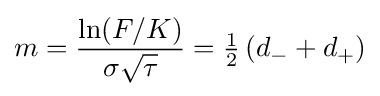
m={\frac {\ln(F/K)}{\sigma {\sqrt {\tau }}}}={\tfrac {1}{2}}\left(d_{-}+d_{+}\right)